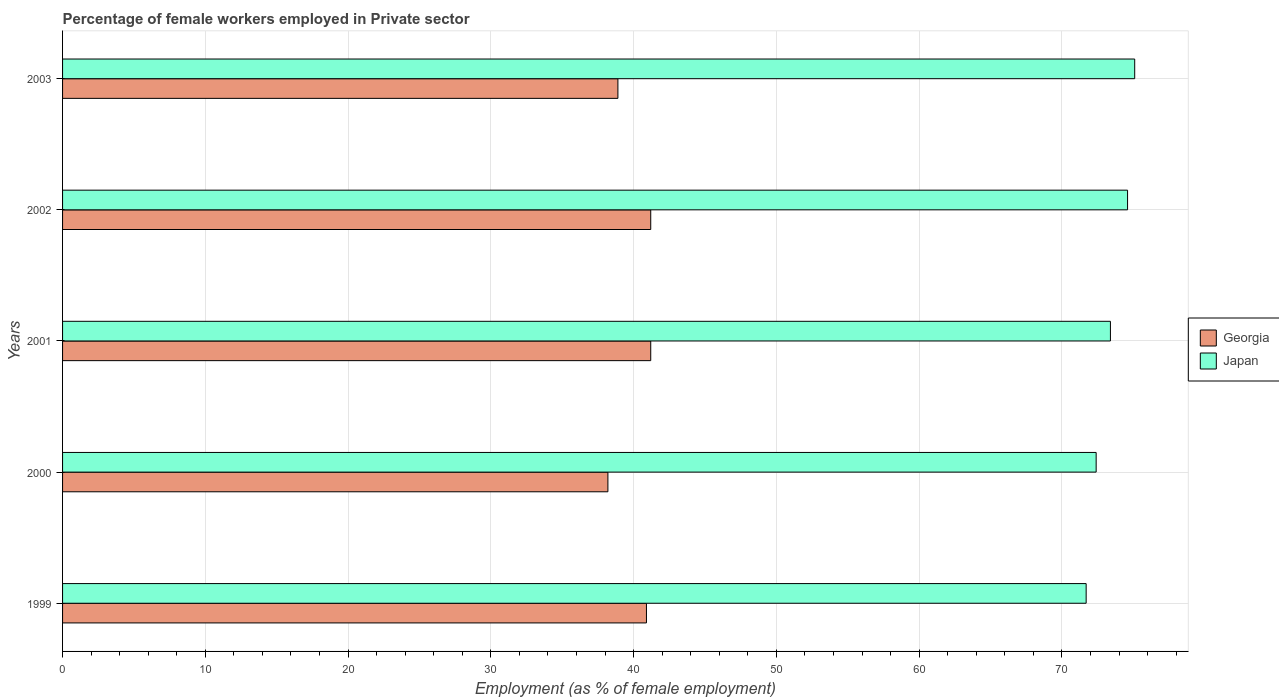
| Years | Georgia | Japan |
 | --- | --- | --- |
 | 1999 | 40.9 | 71.7 |
 | 2000 | 38.2 | 72.4 |
 | 2001 | 41.2 | 73.4 |
 | 2002 | 41.2 | 74.6 |
 | 2003 | 38.9 | 75.1 |